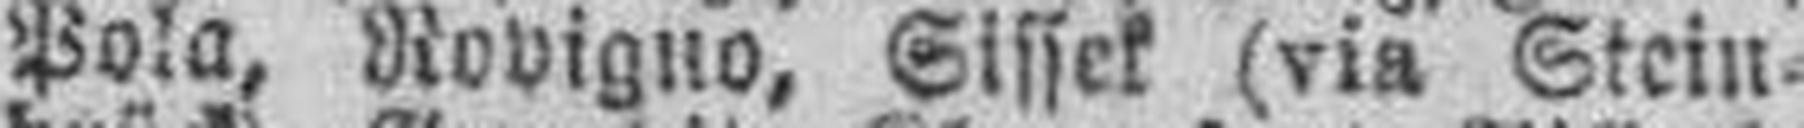
Pola, Rovigno, Sissek (via Stein¬